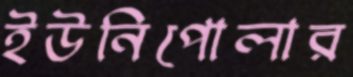
ইউনিপোলার